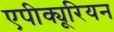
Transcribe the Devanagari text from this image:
एपीक्यूरियन